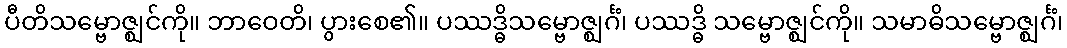
ပီတိသမ္ဗောဇ္ဈင်ကို။ ဘာဝေတိ၊ ပွားစေ၏။ ပဿဒ္ဓိသမ္ဗောဇ္ဈင်္ဂံ၊ ပဿဒ္ဓိ သမ္ဗောဇ္ဈင်ကို။ သမာဓိသမ္ဗောဇ္ဈင်္ဂံ၊